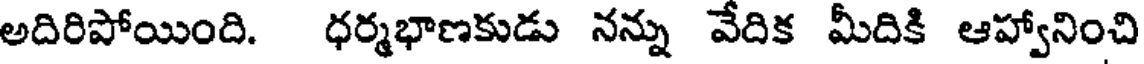
అదిరిపోయింది. ధర్మభాణకుడు నన్ను వేదిక మీదికి ఆహ్వానించి